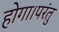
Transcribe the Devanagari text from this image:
होगा।परंतु